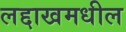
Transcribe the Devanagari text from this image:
लद्दाखमधील